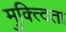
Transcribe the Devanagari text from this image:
मुक्त्दिता